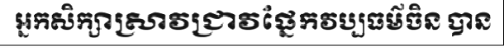
អ្នកសិក្សាស្រាវជ្រាវផ្នែកវប្បធម៌ចិន បាន